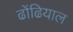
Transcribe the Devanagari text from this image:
ढोंढियाल